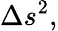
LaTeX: \Delta s^{2},